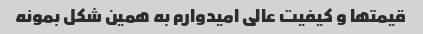
قیمتها و کیفیت عالی امیدوارم به همین شکل بمونه